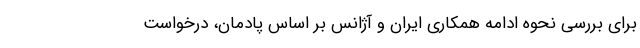
برای بررسی نحوه ادامه همکاری ایران و آژانس بر اساس پادمان، درخواست